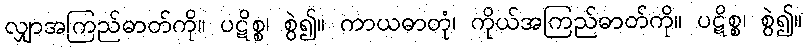
လျှာအကြည်ဓာတ်ကို။ ပဋိစ္စ၊ စွဲ၍။ ကာယဓာတုံ၊ ကိုယ်အကြည်ဓာတ်ကို။ ပဋိစ္စ၊ စွဲ၍။